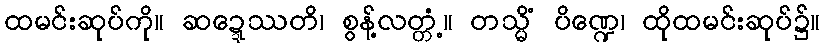
ထမင်းဆုပ်ကို။ ဆဍ္ဍေဿတိ၊ စွန့်လတ္တံ့။ တသ္မိံ ပိဏ္ဍေ၊ ထိုထမင်းဆုပ်၌။